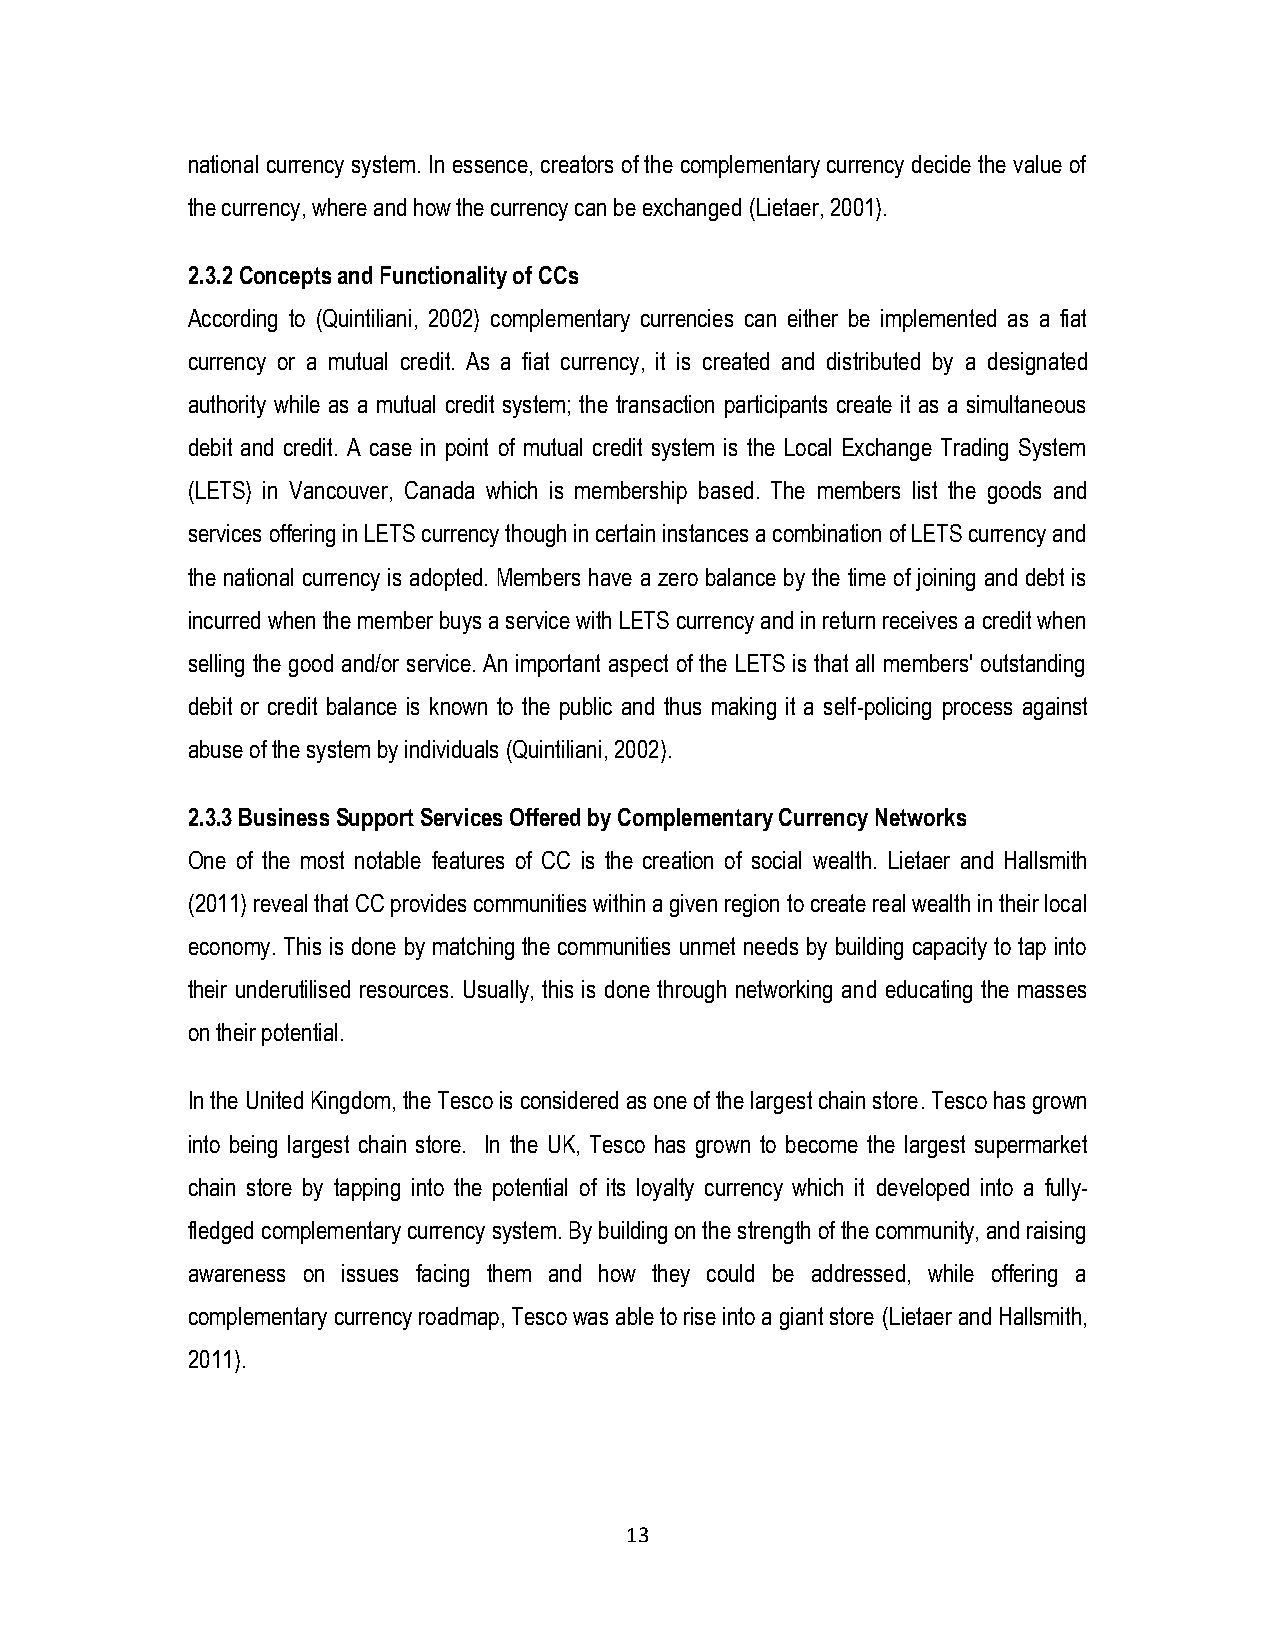
national currency system. In essence, creators of the complementary currency decide the value of
 the currency, where and how the currency can be exchanged (Lietaer, 2001).
 2.3.2 Concepts and Functionality of CCs
 According to (Quintiliani, 2002) complementary currencies can either be implemented as a fiat
 currency or a mutual credit. As a fiat currency, it is created and distributed by a designated
 authority while as a mutual credit system; the transaction participants create it as a simultaneous
 debit and credit. A case in point of mutual credit system is the Local Exchange Trading System
 (LETS) in Vancouver, Canada which is membership based. The members list the goods and
 services offering in LETS currency though in certain instances a combination of LETS currency and
 the national currency is adopted. Members have a zero balance by the time of joining and debt is
 incurred when the member buys a service with LETS currency and in return receives a credit when
 selling the good and/or service. An important aspect of the LETS is that all members' outstanding
 debit or credit balance is known to the public and thus making it a self-policing process against
 abuse of the system by individuals (Quintiliani, 2002).
 2.3.3 Business Support Services Offered by Complementary Currency Networks
 One of the most notable features of CC is the creation of social wealth. Lietaer and Hallsmith
 (2011) reveal that CC provides communities within a given region to create real wealth in their local
 economy. This is done by matching the communities unmet needs by building capacity to tap into
 their underutilised resources. Usually, this is done through networking and educating the masses
 on their potential.
 In the United Kingdom, the Tesco is considered as one of the largest chain store. Tesco has grown
 into being largest chain store. In the UK, Tesco has grown to become the largest supermarket
 chain store by tapping into the potential of its loyalty currency which it developed into a fully-
 fledged complementary currency system. By building on the strength of the community, and raising
 awareness on issues facing them and how they could be addressed, while offering a
 complementary currency roadmap, Tesco was able to rise into a giant store (Lietaer and Hallsmith,
 2011).
 13